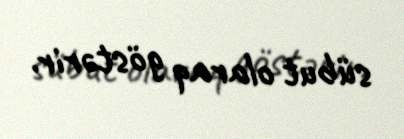
sübut olaraq göstərir.